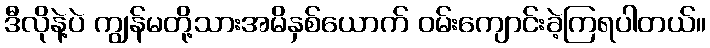
ဒီလိုနဲ့ပဲ ကျွန်မတို့သားအမိနှစ်ယောက် ဝမ်းကျောင်းခဲ့ကြရပါတယ်။